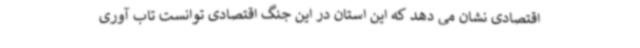
اقتصادی نشان می دهد که این استان در این جنگ اقتصادی توانست تاب آوری